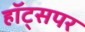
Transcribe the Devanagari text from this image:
हॉट्सपर